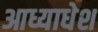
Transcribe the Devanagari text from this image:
आध्याधेश